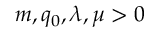
m , q _ { 0 } , \lambda , \mu > 0